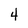
Character: 4